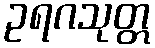
ဥရဂသုတ္တ